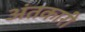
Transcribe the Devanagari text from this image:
अंतकारी